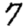
Digit: 7